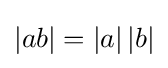
|ab|=\left|a\right|\left|b\right|